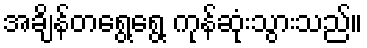
အချိန်တရွေ့ရွေ့ ကုန်ဆုံးသွားသည်။